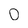
Character: o